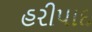
હરીપાદ